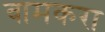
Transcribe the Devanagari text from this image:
वामकरा